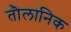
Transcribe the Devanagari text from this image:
तौलानिक